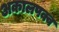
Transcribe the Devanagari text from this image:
अकालपक्व